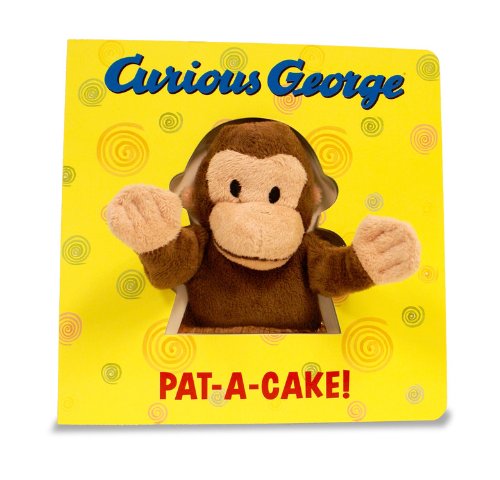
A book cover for Curious George Pat-A-Cake; H. A. Rey; Children's Books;